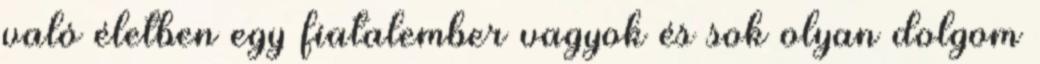
való életben egy fiatalember vagyok és sok olyan dolgom